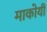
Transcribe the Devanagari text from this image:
माकोयी